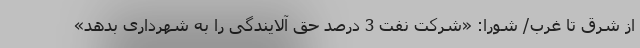
از شرق تا غرب/ شورا: «شرکت نفت 3 درصد حق آلایندگی را به شهرداری بدهد»